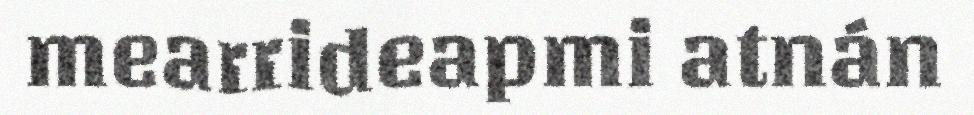
mearrideapmi atnán